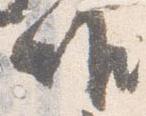
唯